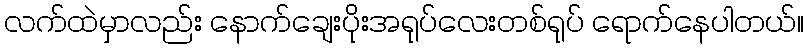
လက်ထဲမှာလည်း နောက်ချေးပိုးအရုပ်လေးတစ်ရုပ် ရောက်နေပါတယ်။